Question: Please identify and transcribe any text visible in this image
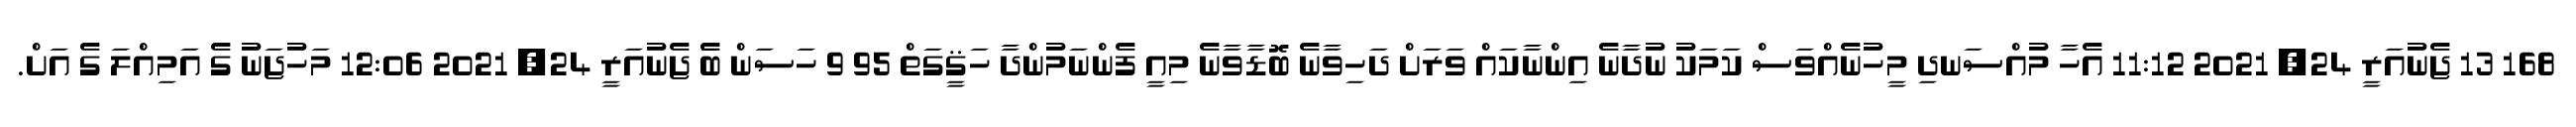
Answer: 168 13 ޖެނުއަރީ 24, 2021 11:12 އެހާ މުއްސަނދި މީހުނެއްވަސް ކަމަކު ނުދާނެ އިންނާކައް ވަރަށް ދަހިވާނެ ބޮޑާވާނެ މިއީ ފެންނަމުންދާ ހަޤީގަތް 95 9 ހަސަން ބަެ ޖެނުއަރީ 24, 2021 12:06 މަހުޖަނު ގެ އަމިއްލަ ގެ އަށް.